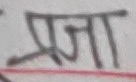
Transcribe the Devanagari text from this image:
प्रजा